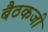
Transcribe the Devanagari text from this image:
बैठकजी